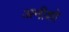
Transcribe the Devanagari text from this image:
अनीशो